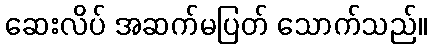
ဆေးလိပ် အဆက်မပြတ် သောက်သည်။